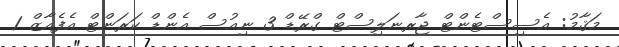
މަޤާމު: އެސިސްޓެންޓް ޖާރނަލިސްޓް ގްރޭޑް 3 ނިއުސް އެންޑް ކަރަންޓް އެފެއާޒް 1